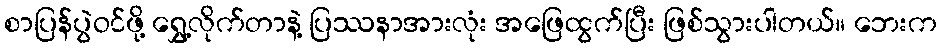
စာပြန်ပွဲဝင်ဖို့ ရွှေ့လိုက်တာနဲ့ ပြဿနာအားလုံး အဖြေထွက်ပြီး ဖြစ်သွားပါတယ်။ ဘေးက